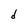
Character: d